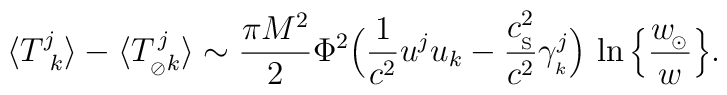
\langle{T^{j}_{\ k}}\rangle-\langle T^{\,j}_{_{\oslash}k}\rangle \sim{\pi M^2\over 2}\Phi^2\Big({1\over c^2} u^j u_k -{c_{_{\rm S}}^2\over c^2}\gamma^j_{_k}\Big)\,\ln \Big\{ {w_{\!_\odot}\over w} \Big\} .